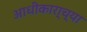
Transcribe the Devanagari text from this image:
आधीकारा्च्या